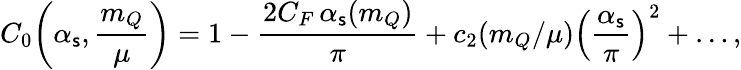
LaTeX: C_{0}\! \left(\alpha_{\mathsf{s}},\frac{{m_{Q}}}{{\mu}}\right)=1-\frac{{2C_{F}\, \alpha_{\mathsf{s}}(m_{Q})}}{{\pi}}+c_{2}\! \left(m_{Q}/\mu\right)\left(\frac{{\alpha_{\mathsf{s}}}}{{\pi}}\right)^{2}+\ldots,